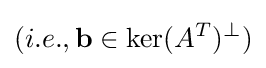
(i.e.,\mathbf {b} \in \ker(A^{T})^{\bot })